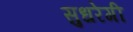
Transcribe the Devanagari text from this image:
सुधरेगी